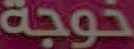
خوجة